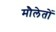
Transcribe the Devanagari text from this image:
मौलेतों